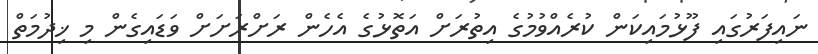
ނައިފަރުގައި ފޫޅުމައިކަން ކުރެއްވުމުގެ އިތުރަށް އަތޮޅުގެ އެހެން ރަށްރަށަށް ވަޑައިގެން މި ޚިދުމަތް